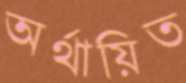
অর্থায়িত